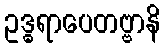
ဥဒ္ဓရာပေတဗ္ဗာနိ